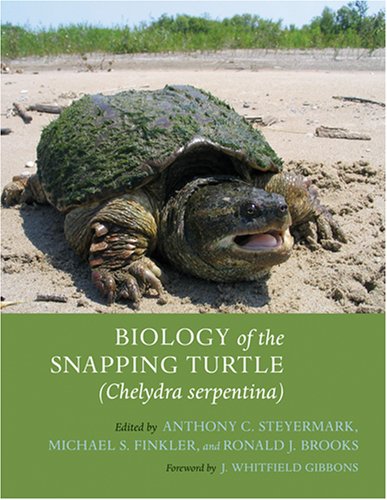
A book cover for Biology of the Snapping Turtle (Chelydra serpentina); Science & Math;